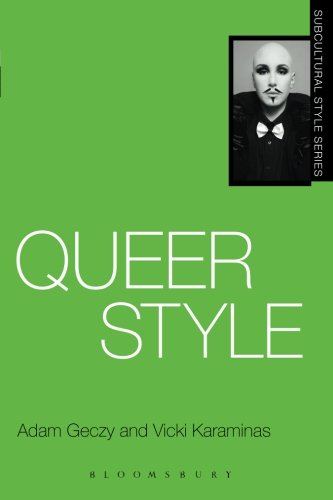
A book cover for Queer Style (Subcultural Style); Vicki Karaminas; Health, Fitness & Dieting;